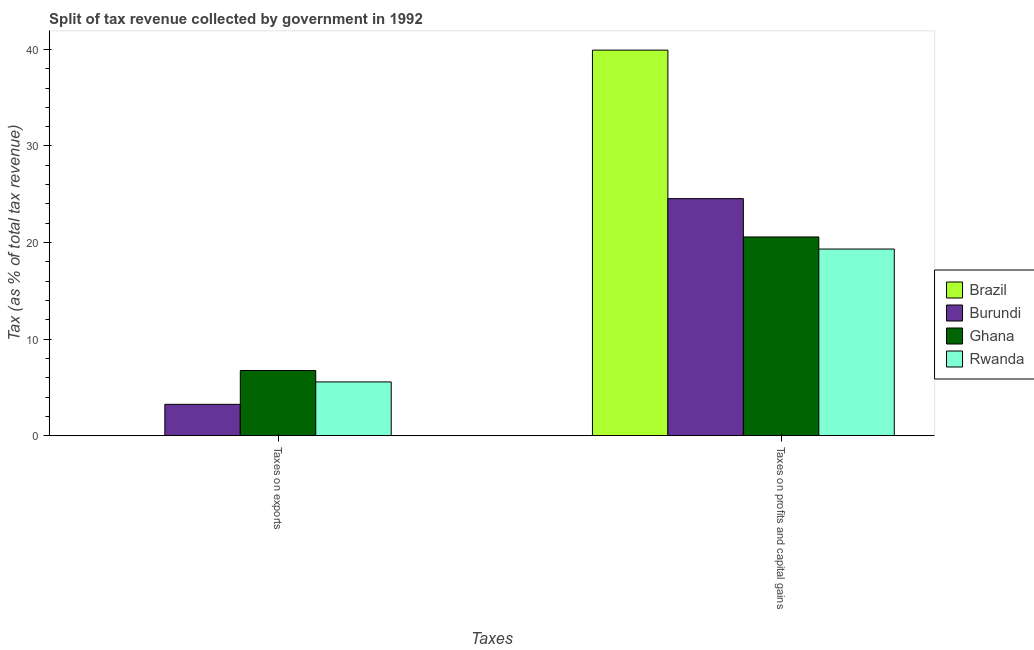
| Taxes | Brazil | Burundi | Ghana | Rwanda |
 | --- | --- | --- | --- | --- |
 | Taxes on exports | 0.00192 | 3.24 | 6.75 | 5.56 |
 | Taxes on profits and capital gains | 39.9 | 24.5 | 20.6 | 19.3 |